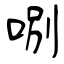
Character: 哵